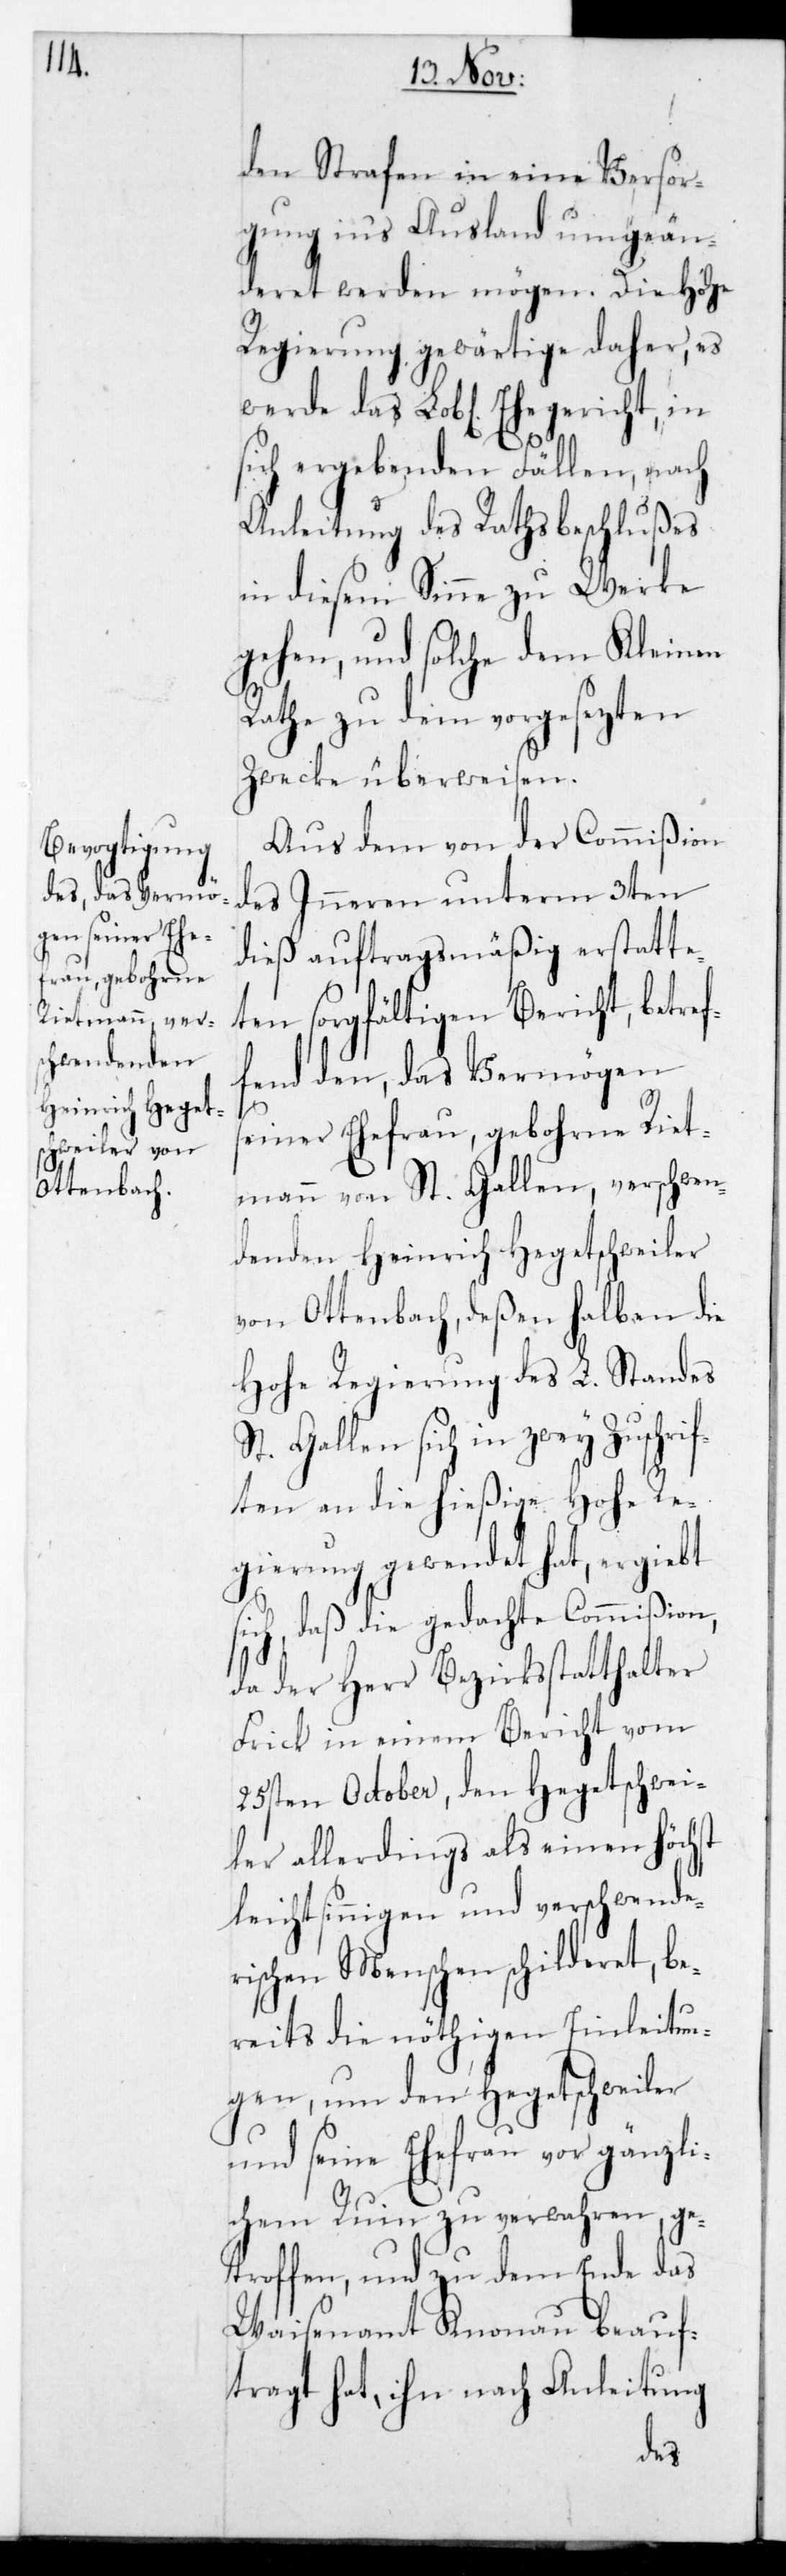
den Strafen in eine Versor¬
gung in‘s Ausland umgeän¬
deret werden mögen. Die Hohe
Regierung gewärtige daher, es
werde das Lobl. Ehegericht in
sich ergebenden Fällen, nach
Anleitung des Rathsbeschlußes
in diesem Sinne zu Werke
gehen, und solche dem Kleinen
Rathe zu dem vorgesetzten
Zwecke überweisen.
Aus dem von der Commißion
des Inneren unterm 3ten
dieß auftragsmäßig erstatte¬
ten sorgfältigen Bericht, betre¬
fend den, das Vermögen
s¬
einer Ehefrau, gebohrne Riet¬
mann von St. Gallen, verschwen¬
denden Heinrich Hegetschweiler
von Ottenbach, deßen halben die
Hohe Regierung des L. Standes
St. Gallen sich in zwey Zuschri¬
ften an die hießige Hohe Re¬
gierung gewendet hat, ergiebt
sich, daß die gedachte Commißion,
da der Herr Bezirksstatthalter
Frick in einem Bericht vom
25sten October, den Hegetschwei¬
ler allerdings als einen höchst
leichtsinnigen und verschwende¬
rischen Menschen schilderet, be¬
reits die nöthigen Einleitun¬
gen, um den Hegetschweiler
und seine Ehefrau vor gänzli¬
chem Ruin zu verwahren, ge¬
troffen, und zu dem Ende das
Waisenamt Knonau beauf¬
tragt hat, ihn nach Anleitung